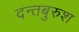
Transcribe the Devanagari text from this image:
दन्तबुरुश